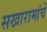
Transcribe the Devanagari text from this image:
सखारामांचे